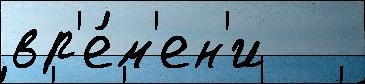
вр'е́м'ен'и